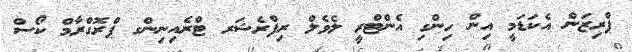
ޕްރިޒަން އެކަޑަމީ އިން ހިންގި އެންޓްރީ ލެވެލް ރިފްރެޝަރ ޓްރެއިނިންގ ޕްރޮގްރާމް ކޯސް